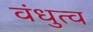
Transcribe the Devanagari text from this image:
वंधुत्व